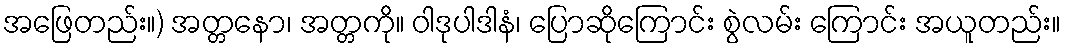
အဖြေတည်း။) အတ္တနော၊ အတ္တကို။ ဝါဒုပါဒါနံ၊ ပြောဆိုကြောင်း စွဲလမ်း ကြောင်း အယူတည်း။